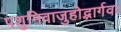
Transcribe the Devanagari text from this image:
पशुमिवाजुहोद्भार्गवः